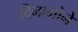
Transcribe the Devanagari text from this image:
दिनामोने